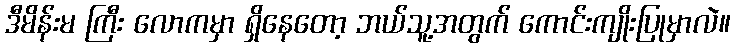
ဒီမိန်းမ ကြီး လောကမှာ ရှိနေတော့ ဘယ်သူ့အတွက် ကောင်းကျိုးပြုမှာလဲ။